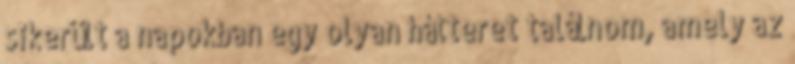
sikerült a napokban egy olyan hátteret találnom, amely az